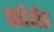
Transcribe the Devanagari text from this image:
फोयेर